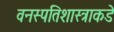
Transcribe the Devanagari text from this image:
वनस्पतिशास्त्राकडे